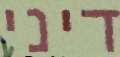
דיני